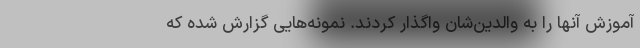
آموزش آنها را به والدین‌شان واگذار کردند. نمونه‌هایی گزارش شده که